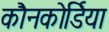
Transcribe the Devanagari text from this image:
कौनकोर्डिया